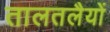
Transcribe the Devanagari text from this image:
तालतलैयों